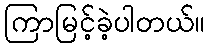
ကြာမြင့်ခဲ့ပါတယ်။